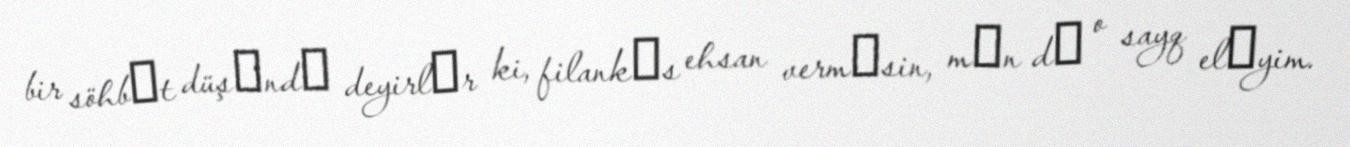
bir söhbәt düşәndә deyirlәr ki, filankәs ehsan vermәsin, mәn dә o sayq elәyim.